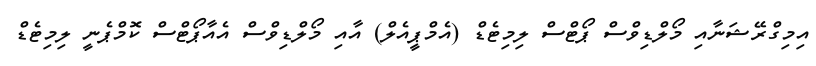
އިމިގްރޭޝަނާއި މޯލްޑިވްސް ޕޯޓްސް ލިމިޓެޑް (އެމްޕީއެލް) އާއި މޯލްޑިވްސް އެއާޕޯޓްސް ކޮމްޕެނީ ލިމިޓެޑް